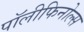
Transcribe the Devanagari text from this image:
पॉलीफिनोल्स